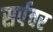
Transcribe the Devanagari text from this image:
सर्पचर